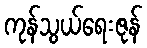
ကုန်သွယ်ရေးဇုန်